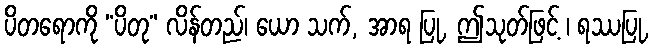
ပိတရောကို “ပိတု” လိန်တည်၊ ယော သက်, အာရ ပြု, ဤသုတ်ဖြင့် ၊ ရဿပြု,